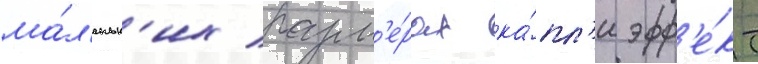
ма́л'еньк'их разм'е́рах ка́пл'и эфф'е́кт